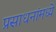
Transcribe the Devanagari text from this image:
प्रसाधनांमध्ये